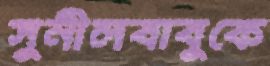
সুনীলবাবুকে